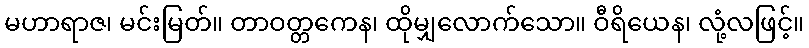
မဟာရာဇ၊ မင်းမြတ်။ တာဝတ္တကေန၊ ထိုမျှလောက်သော။ ဝီရိယေန၊ လုံ့လဖြင့်။